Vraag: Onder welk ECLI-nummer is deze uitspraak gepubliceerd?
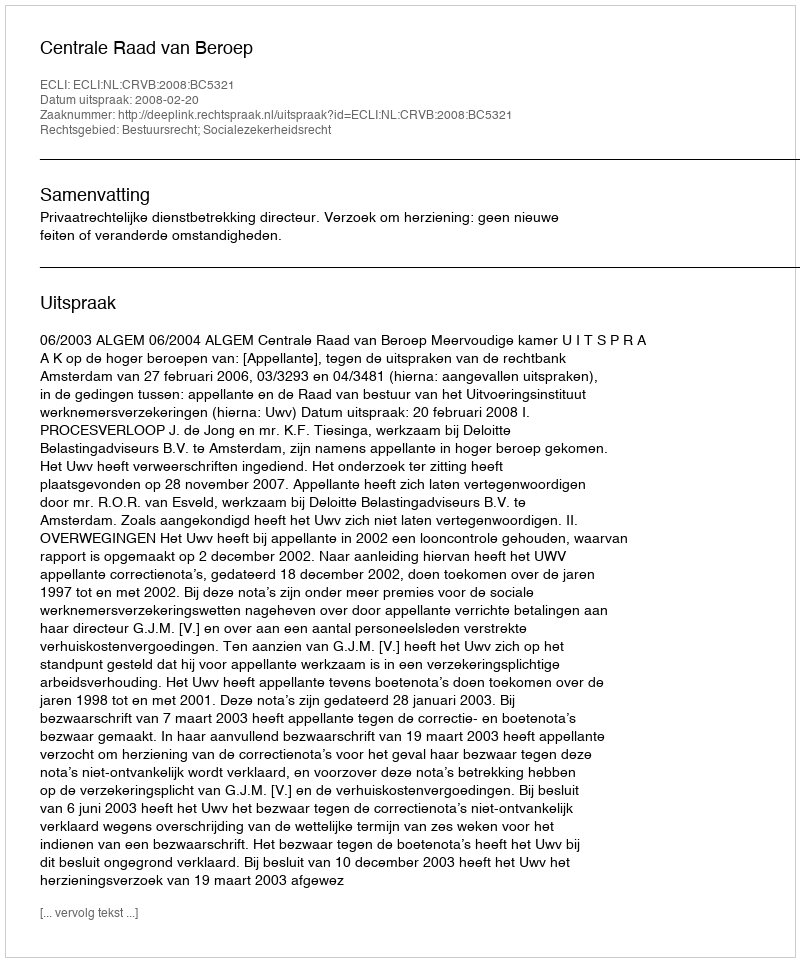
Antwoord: ECLI:NL:CRVB:2008:BC5321